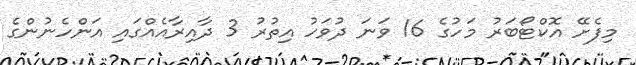
މިފެށޭ އޮކްޓޯބަރު މަހުގެ 16 ވަނަ ދުވަހު އިތުރު 3 ދާއިރާއެއްގައި އަންހެނުންގެ